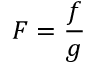
F = { \frac { f } { g } }